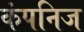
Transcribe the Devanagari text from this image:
कंपनिज